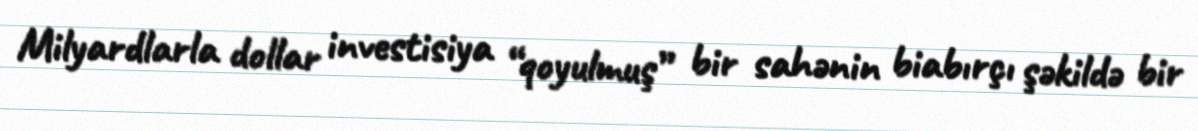
Milyardlarla dollar investisiya “qoyulmuş” bir sahənin biabırçı şəkildə bir